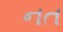
નત